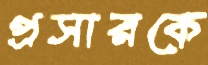
প্রসারকে